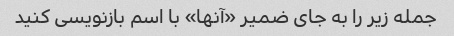
جمله زیر را به جای ضمیر «آنها» با اسم بازنویسی کنید